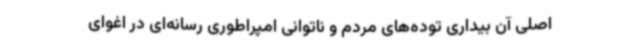
اصلی آن بیداری توده‌های مردم و ناتوانی امپراطوری رسانه‌ای در اغوای